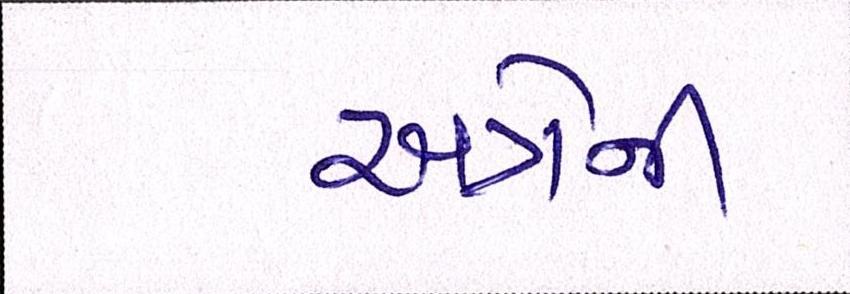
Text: અત્રેની